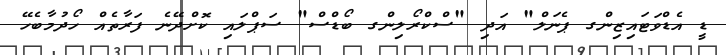
ޑީ އެޑްވަޓައިޒިންގ ޕެނަލް" އަދި "ސްކްރޯލިންގ ބޯޑްސް" ސަޕްލައި ކޮށްދޭނެ ފަރާތެއް ހޯދުމާބެހޭ